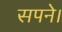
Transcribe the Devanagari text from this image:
सपने।